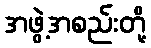
အဖွဲ့အစည်းတို့